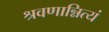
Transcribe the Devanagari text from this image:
श्रवणान्नित्यं